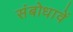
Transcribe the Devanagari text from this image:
संबोधावें